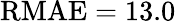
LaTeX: \mathrm{RMAE}=13.0\